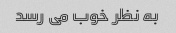
به نظر خوب می رسد